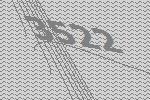
3522